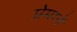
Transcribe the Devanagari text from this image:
प्रेमानें